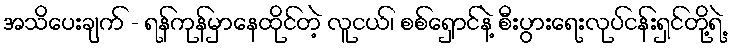
အသိပေးချက် - ရန်ကုန်မှာနေထိုင်တဲ့ လူငယ်၊ စစ်ရှောင်နဲ့ စီးပွားရေးလုပ်ငန်းရှင်တို့ရဲ့